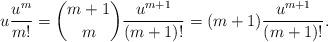
LaTeX: \begin{align*}u\frac{u^{m}}{m!} = \binom{m+1}{m}\frac{u^{m+1}}{(m+1)!} = (m+1)\frac{u^{m+1}}{(m+1)!}.\end{align*}